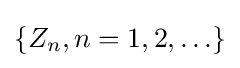
\{Z_{n},n=1,2,\ldots \}